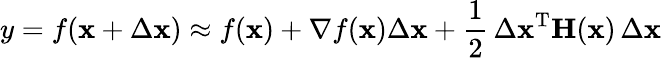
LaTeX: y=f(\mathbf{x}+\Delta\mathbf{x})\approx f(\mathbf{x})+\nabla f(\mathbf{x})\Delta\mathbf{x}+{\frac{1}{2}}\, \Delta\mathbf{x}^{\mathrm{T}}\mathbf{H}(\mathbf{x})\, \Delta\mathbf{x}